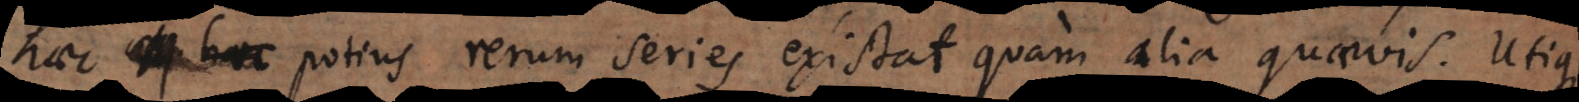
haec potius rerum series existat quam alia quaevis. Utique